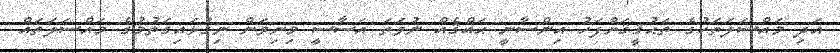
އަދި މައްސަލަތަކުގެ ތަޙުޤީޤަށްފަހު އިންސާނީ ޙައްޤެއް ނުވަތަ އަސާސީ މިނިވަން ނިގުޅައިގަތުމުގެ މައްސަލަތައް